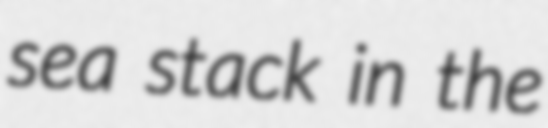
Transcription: sea stack in the